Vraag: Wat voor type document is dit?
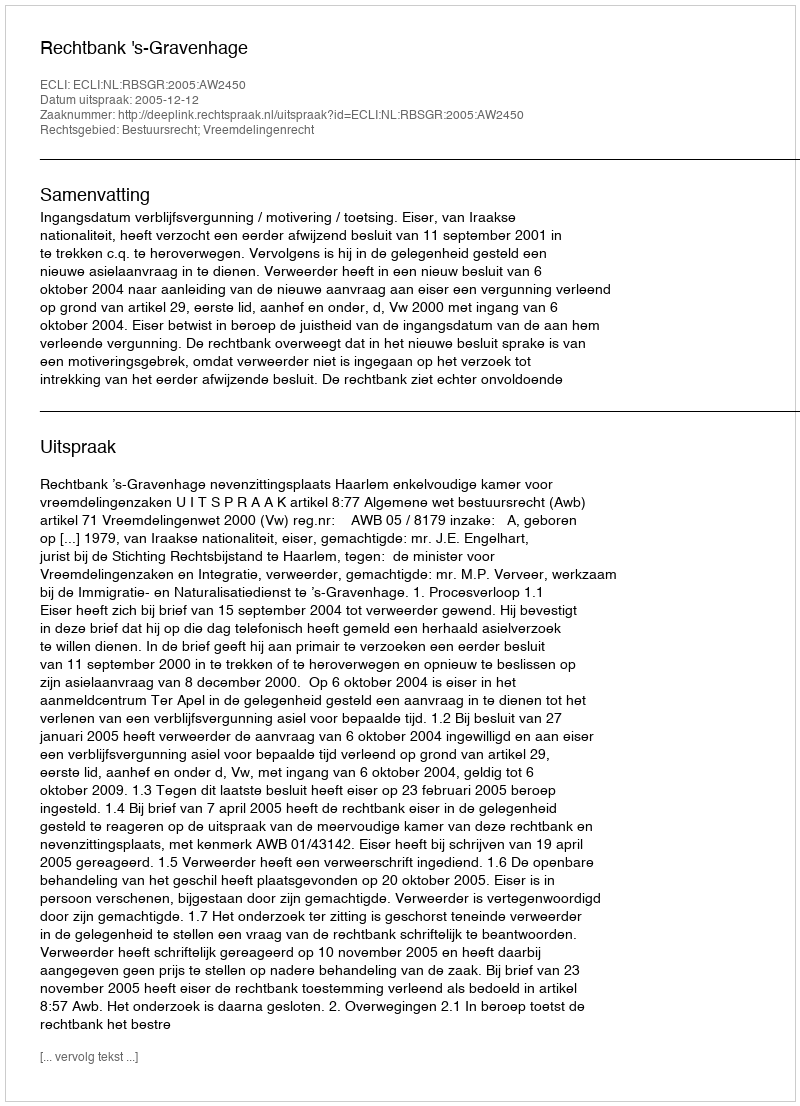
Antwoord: Uitspraak